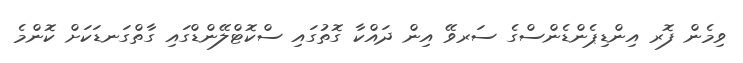
ވިމެން ފޮރ އިންޑިޕެންޑެންސްގެ ސަރވޭ އިން ދައްކާ ގޮތުގައި ސްކޮޓްލޭންޑްގައި ގާތްގަނޑަކަށް ކޮންމެ